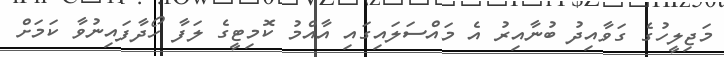
މަޖިލީހުގެ ގަވާއިދު ބުނާއިރު އެ މައްސަލައިގައި އާއްމު ކޮމިޓީގެ ލަފާ ހޯދާފައިނުވާ ކަމަށް